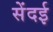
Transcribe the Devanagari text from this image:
सेंदई